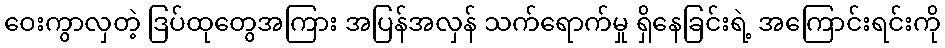
ဝေးကွာလှတဲ့ ဒြပ်ထုတွေအကြား အပြန်အလှန် သက်ရောက်မှု ရှိနေခြင်းရဲ့ အကြောင်းရင်းကို